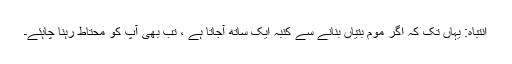
انتباہ: یہاں تک کہ اگر موم بتیاں بنانے سے کنبہ ایک ساتھ آجاتا ہے ، تب بھی آپ کو محتاط رہنا چاہئے۔